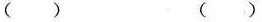
( ) ( )